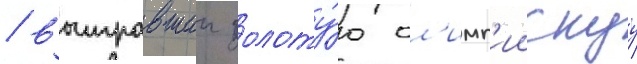
/ выигравшии золоту́ю ол'имп'иискуу